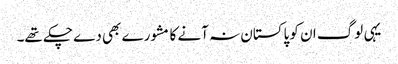
یہی لوگ ان کو پاکستان نہ آنے کا مشورے بھی دے چکے تھے۔